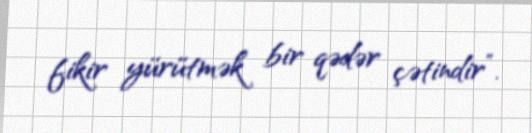
fikir yürütmək bir qədər çətindir”.